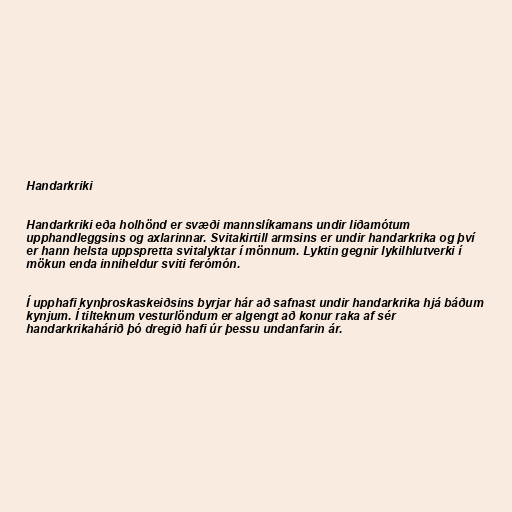
Handarkriki

Handarkriki eða holhönd er svæði mannslíkamans undir liðamótum
upphandleggsins og axlarinnar. Svitakirtill armsins er undir handarkrika og því
er hann helsta uppspretta svitalyktar í mönnum. Lyktin gegnir lykilhlutverki í
mökun enda inniheldur sviti ferómón.

Í upphafi kynþroskaskeiðsins byrjar hár að safnast undir handarkrika hjá báðum
kynjum. Í tilteknum vesturlöndum er algengt að konur raka af sér
handarkrikahárið þó dregið hafi úr þessu undanfarin ár.